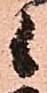
候